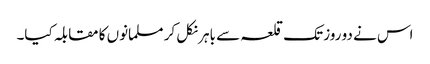
اس نے دو روز تک قلعہ سے باہر نکل کر مسلمانوں کا مقابلہ کیا۔